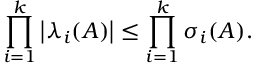
\prod _ { i = 1 } ^ { k } \left| \lambda _ { i } ( A ) \right| \leq \prod _ { i = 1 } ^ { k } \sigma _ { i } ( A ) .